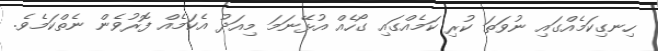
ހިނގިކަމެއްގައި ނުވަތަ ކުރި ކަމެއްގައި ގޯހެއް އުޅޭނަމަ މިއަދު އެކަމެއް ފޮރުވެން ނެތްކަމެވެ.